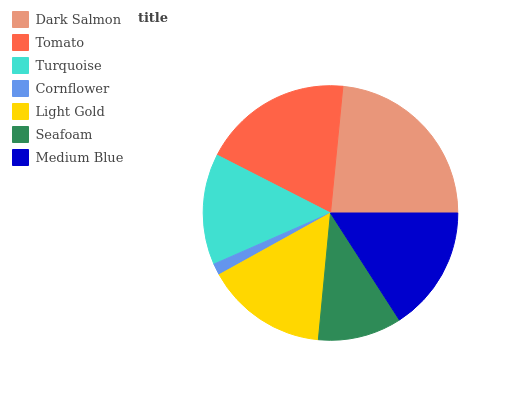
| Dark Salmon | Tomato | Turquoise | Cornflower | Light Gold | Seafoam | Medium Blue |
 | --- | --- | --- | --- | --- | --- | --- |
 | 23.4% | 19.1% | 14.1% | 1.48% | 15.4% | 10.6% | 15.9% |